Insane asylums Bombay 1873-77 - 1873-1877
Year: 1873
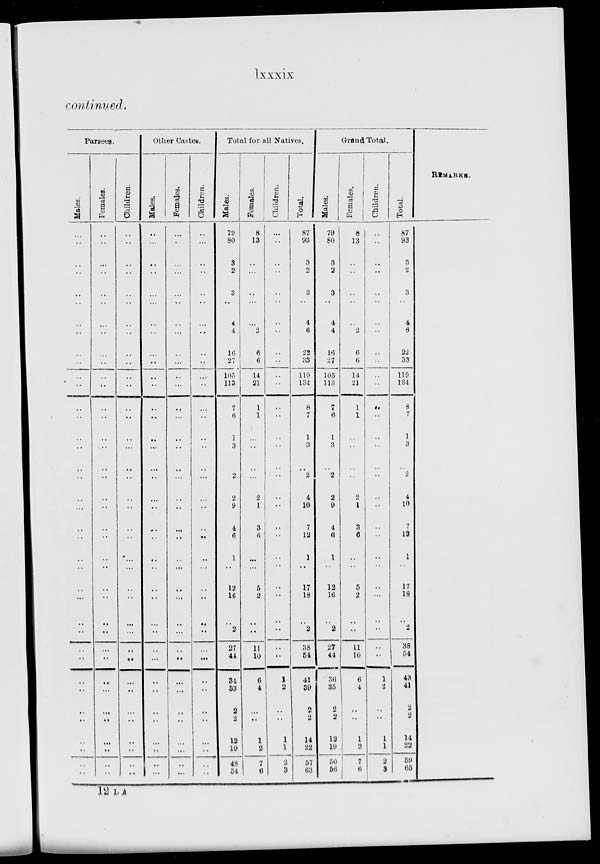
lxxxix
continued.
Parsees.
Males.
..
..
..
..
..
..
..
..
..
..
..
..
..
..
..
..
..
..
..
..
..
..
..
..
..
..
..
..
..
..
..
..
..
..
..
..
..
..
Females.
..
..
..
..
..
..
..
..
..
..
..
..
..
..
..
..
..
..
..
..
..
..
..
..
..
..
..
..
..
..
..
..
..
..
..
..
..
..
Children.
..
..
..
..
..
..
..
..
..
..
..
..
..
..
..
..
..
..
..
..
..
..
..
..
..
..
..
..
..
..
..
..
..
..
..
..
..
..
Other Castes.
Males.
..
..
..
..
..
..
..
..
..
..
..
..
..
..
..
..
..
..
..
..
..
..
..
..
..
..
..
..
..
..
..
..
..
..
..
..
..
..
Females.
..
..
..
..
..
..
..
..
..
..
..
..
..
..
..
..
..
..
..
..
..
..
..
..
..
..
..
..
..
..
..
..
..
..
..
..
..
..
Children.
..
..
..
..
..
..
..
..
..
..
..
..
..
..
..
..
..
..
..
..
..
..
..
..
..
..
..
..
..
..
..
..
..
..
..
..
..
..
Total for all Natives.
Males.
79
80
3
2
3
..
4
4
16
27
105
113
7
6
1
3
..
2
2
9
4
6
1
..
12
16
..
2
27
44
34
33
2
2
12
19
48
54
Females.
8
13
..
..
..
..
..
2
6
6
14
21
1
1
..
..
..
..
2
1
3
6
..
..
5
2
..
..
11
10
6
4
..
..
1
2
7
6
Children.
..
..
..
..
..
..
..
..
..
..
..
..
..
..
..
..
..
..
..
..
..
..
..
..
..
..
..
..
..
..
1
2
..
..
1
1
2
3
Total.
87
93
3
2
3
..
4
6
22
33
119
134
8
7
1
3
..
2
4
10
7
12
1
..
17
18
..
2
38
54
41
39
2
2
14
22
57
63
Grand Total.
Males.
79
80
3
2
3
..
4
4
16
27
105
113
7
6
1
3
..
2
2
9
4
6
1
..
12
16
..
2
27
44
36
35
2
2
12
19
50
56
Femal es .
8
13
..
..
..
..
..
2
6
6
14
21
1
1
..
..
..
..
2
1
3
6
..
..
5
2
..
..
11
10
6
4
..
..
1
2
7
6
Chi l
dr en.
..
..
..
..
..
..
..
..
..
..
..
..
..
..
..
..
..
..
..
..
..
..
..
..
..
..
..
..
..
..
1
2
..
..
1
1
2
3
Total.
87
93
3
2
3
..
4
6
22
33
119
134
8
7
1
3
..
2
4
10
7
13
1
..
17
18
..
2
38
54
43
41
2
2
14
22
59
65
REMARKS.
12 L A